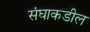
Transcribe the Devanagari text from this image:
संघाकडील